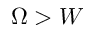
\Omega > W